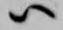
ハ